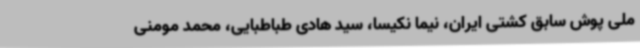
ملی پوش سابق کشتی ایران، نیما نکیسا، سید هادی طباطبایی، محمد مومنی